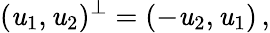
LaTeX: (\mathit{u}_{1},\mathit{u}_{2})^{\perp}=(-\mathit{u}_{2},\mathit{u}_{1})\, ,